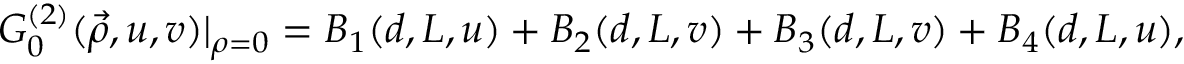
G _ { 0 } ^ { ( 2 ) } ( \vec { \rho } , u , v ) | _ { \rho = 0 } = B _ { 1 } ( d , L , u ) + B _ { 2 } ( d , L , v ) + B _ { 3 } ( d , L , v ) + B _ { 4 } ( d , L , u ) ,